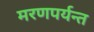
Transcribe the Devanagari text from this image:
मरणपर्यन्त